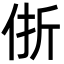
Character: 㑜